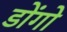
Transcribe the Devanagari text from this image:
डोंगो